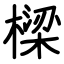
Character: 樑